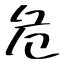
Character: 危